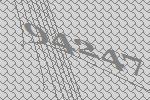
94247